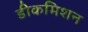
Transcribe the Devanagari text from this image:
डीकमिशन